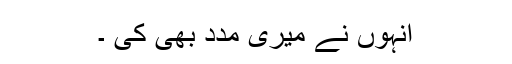
انہوں نے میری مدد بھی کی ۔